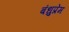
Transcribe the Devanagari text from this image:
बंधुप्रेम